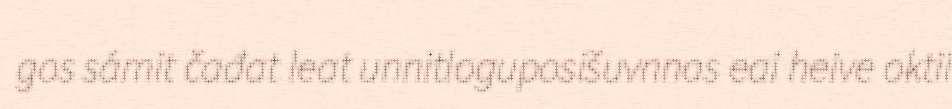
gos sámit čađat leat unnitloguposišuvnnas eai heive oktii